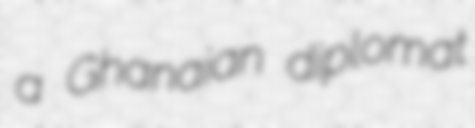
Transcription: a Ghanaian diplomat